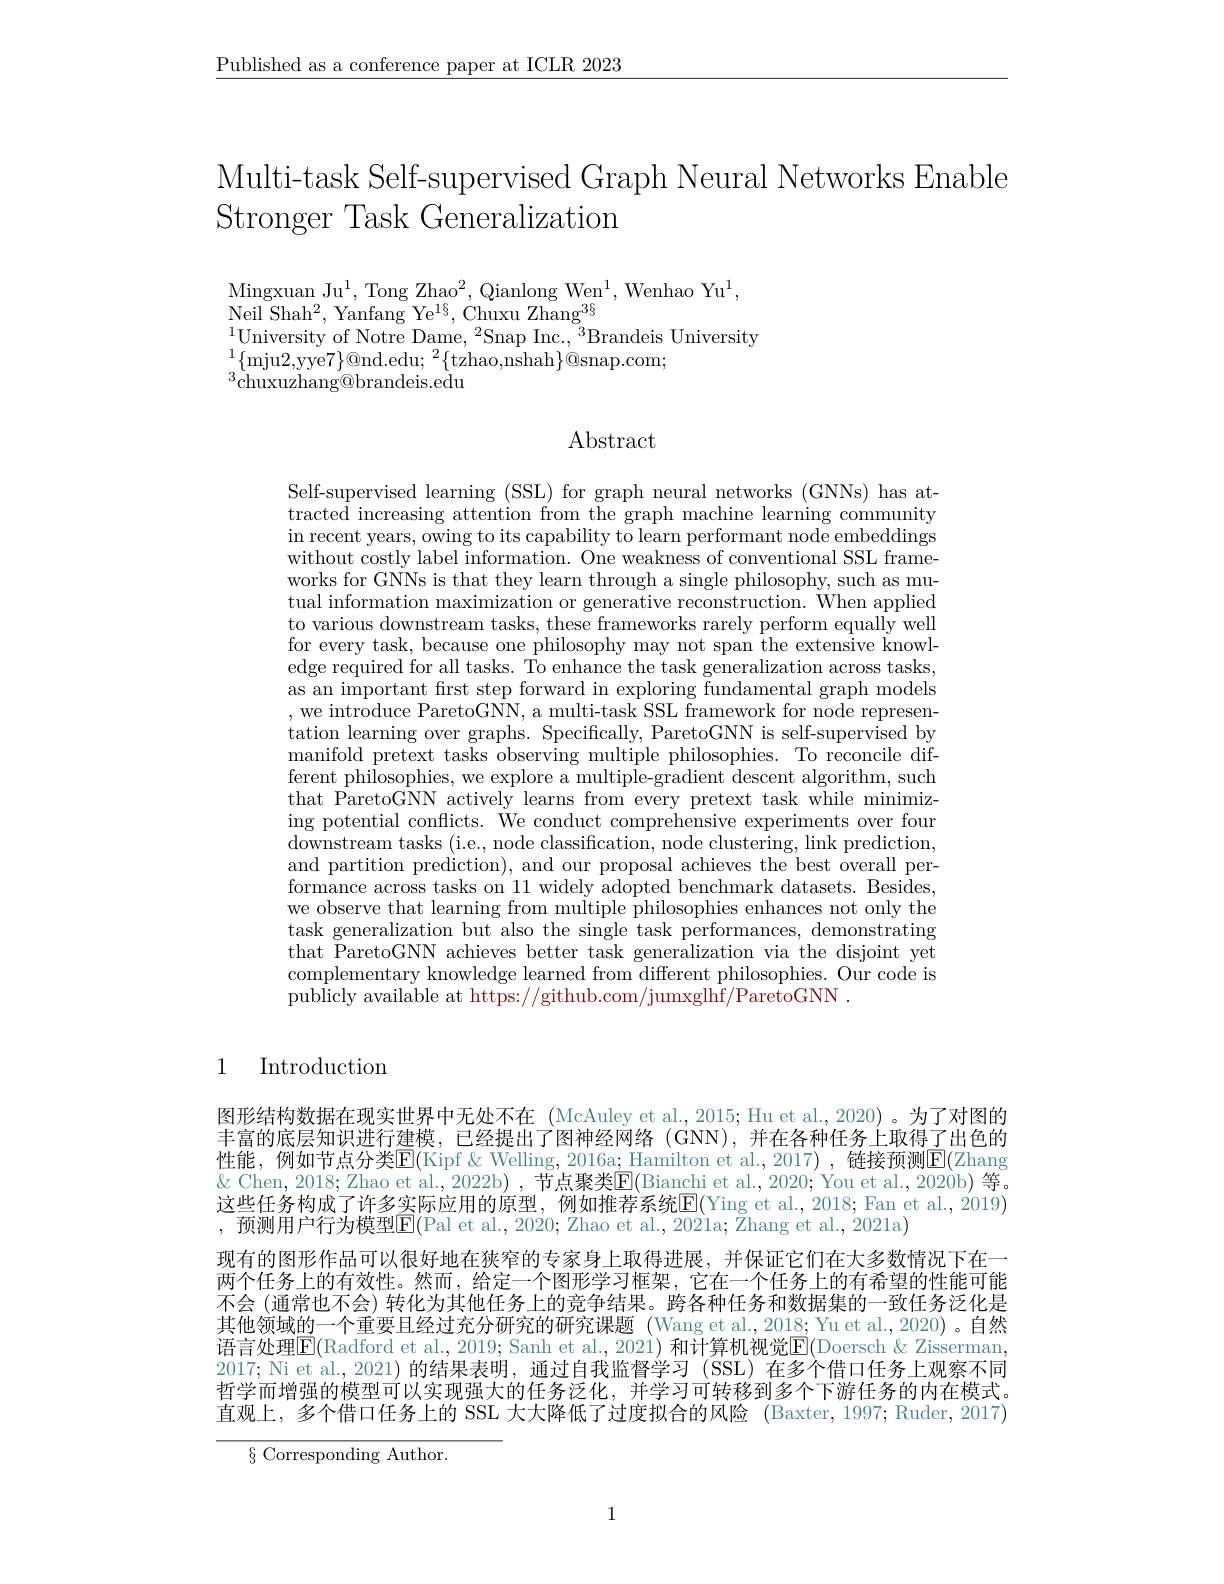
$\underline{\text{Published as a conference paper at ICLR 2023}}$

Multi-task Self-supervised Graph Neural Networks Enable
Stronger Task Generalization

Mingxuan J$u^{1}$, Tong Zha$o^{2}$, Qianlong We$n^{1}$, Wenhao Y$u^{1}$,
Neil Sha$h^{2}$, Yanfang Y$e^{18}$, Chuxu Zhan$g^{36}$
$^{1}$University of Notre Dame, 2Snap Inc., $^3$Brandeis University
$^{1}\{$mju2,yye7$\}@$nd.edu;$^2\{$tzhao,nshah$\}@$snap.com;
$^{3}{\mathrm{chuxuzhang@brandeis.edu}}$

## $\operatorname{Abstract}$

Self-supervised learning (SSL) for graph neural networks (GNNs) has attracted increasing attention from the graph machine learning community in recent years, owing to its capability to learn performant node embeddings without costly label information. One weakness of conventional SSL frameworks for GNNs is that they learn through a single philosophy, such as mutual information maximization or generative reconstruction. When applied to various downstream tasks, these frameworks rarely perform equally well for every task, because one philosophy may not span the extensive knowledge required for all tasks. To enhance the task generalization across tasks, as an important first step forward in exploring fundamental graph models ,we introduce ParetoGNN, a multi-task SSL framework for node representation learning over graphs. Specifically, ParetoGNN is self-supervised by manifold pretext tasks observing multiple philosophies. To reconcile different philosophies, we explore a multiple-gradient descent algorithm, such that ParetoGNN actively learns from every pretext task while minimizing potential conflicts. We conduct comprehensive experiments over four downstream tasks ( i. e. , node classification, node clustering, link prediction, and partition prediction), and our proposal achieves the best overall performance across tasks on 11 widely adopted benchmark datasets. Besides, we observe that learning from multiple philosophies enhances not only the task generalization but also the single task performances, demonstrating that ParetoGNN achieves better task generalization via the disjoint yet complementary knowledge learned from different philosophies. Our code is $\tilde{\text{publicly available at https:}}//$github.com/jumxglhf$/\tilde\text{ParetoGNN}.$

1

# Introduction

图形结构数据在现实世界中无处不在 (McAuley et al.,2015; Hu et al., 2020) 。为了对图的丰富的底层知识进行建模，已经提出了图神经网络 (GNN),并在各种任务上取得了出色的性能，例如节点分类$\overline{\mathrm{E}}($Kipf & Welling, 2016a; Hamilton et al., 2017) , 链接预测$\overline{\mathrm{E}}($Zhang $\&$ Chen, 2018; Zhao et al., 2022b) , 节点聚类$\underline{\mathbf{E}}($Bianchi et al., 2020; You et al., 2020b) 等。这些任务构成了许多实际应用的原型，例如推荐系统$\underline{\mathrm{E}}($Ying et al.,2018; Fan et al., 2019) ,预测用户行为模型$\overline{\mathrm{E}}($Pal et al., 2020; Zhao et al., 202ia; Zhang et al., 2021a)
现有的图形作品可以很好地在狭窄的专家身上取得进展，并保证它们在大多数情况下在一两个任务上的有效性。然而，给定一个图形学习框架，它在一个任务上的有希望的性能可能不会 (通常也不会) 转化为其他任务上的竞争结果。跨各种任务和数据集的一致任务泛化是其他领域的一个重要且经过充分研究的研究课题 (Wang et al.,2018; Yu et al., 2020) 。自然语言处理$\overline{\mathbb{E}}($Radford et al., 2019; Sanh et al., 2021) 和计算机视觉$\overline{\mathbb{E}}($Doersch'& Zisserman 2017; Ni et al.,2021)的结果表明，通过自我监督学习 (SSL) 在多个借口任务上观察不同哲学而增强的模型可以实现强大的任务泛化，并学习可转移到多个下游任务的内在模式。直观上，多个借口任务上的 SSL 大大降低了过度拟合的风险 (Baxter,1997; Ruder, 2017)

$\S$ Corresponding Author.